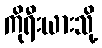
ကိုရီးယားသို့